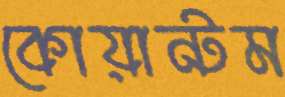
কোয়ান্টম